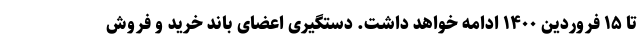
تا ۱۵ فروردین ۱۴۰۰ ادامه خواهد داشت. دستگیری اعضای باند خرید و فروش